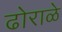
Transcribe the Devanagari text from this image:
ढोराळे